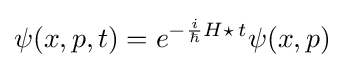
\psi (x,p,t)=e^{-{\frac {i}{\hbar }}H\star \,t}\psi (x,p)